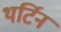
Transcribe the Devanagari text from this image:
थर्टिन